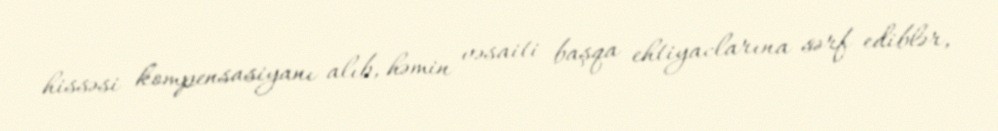
hissəsi kompensasiyanı alıb, həmin vəsaiti başqa ehtiyaclarına sərf ediblər,